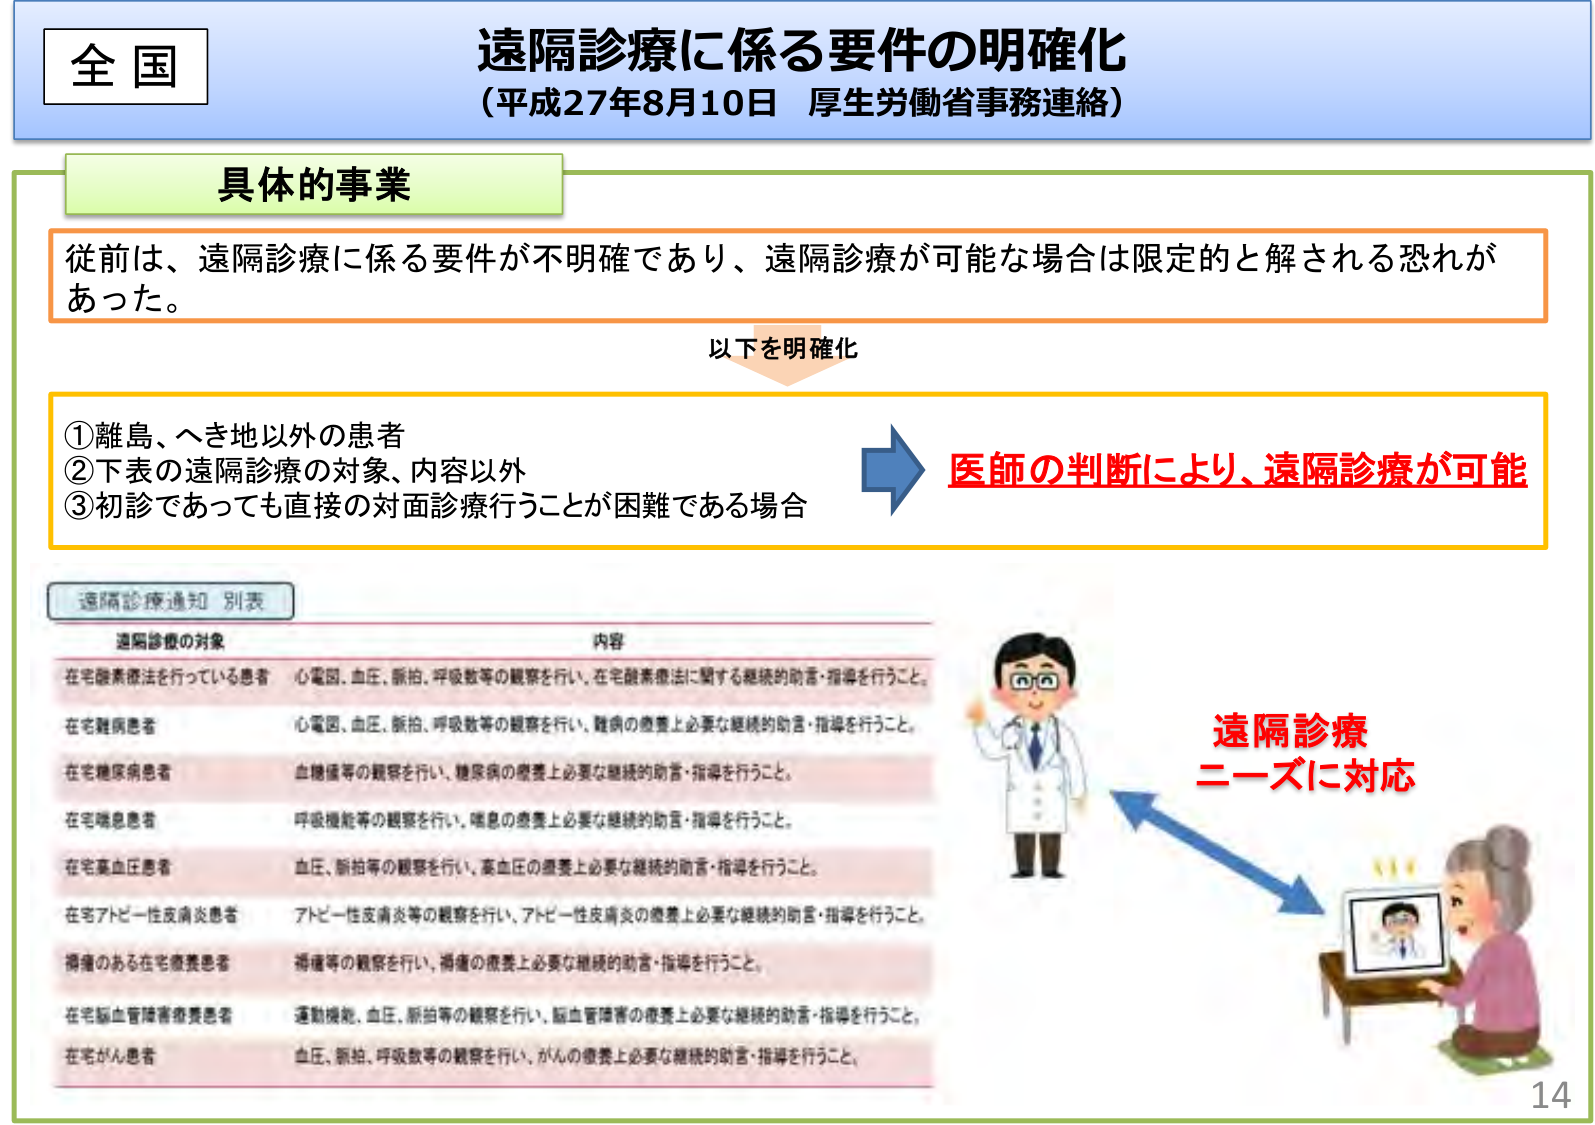
全国
遠隔診療に係る要件の明確化
（平成27年8月10日 厚生労働省事務連絡）

具体的事業
従前は、遠隔診療に係る要件が不明確であり、遠隔診療が可能な場合は限定的と解される恐れがあった。
以下を明確化

①離島、へき地以外の患者
②下表の遠隔診療の対象、内容以外
③初診であっても直接の対面診療行うことが困難である場合

医師の判断により、遠隔診療が可能

遠隔診療通知 別表
遠隔診療の対象　　　　　　　　　　　　　　　　　内容
在宅酸素療法を行っている患者　心電図、血圧、脈拍、呼吸数等の観察を行い、在宅酸素療法に関する継続的助言・指導を行うこと。
在宅難病患者　　　　　　　　　心電図、血圧、脈拍、呼吸数等の観察を行い、難病の療養上必要な継続的助言・指導を行うこと。
在宅糖尿病患者　　　　　　　　血糖値等の観察を行い、糖尿病の療養上必要な継続的助言・指導を行うこと。
在宅喘息患者　　　　　　　　　呼吸機能等の観察を行い、喘息の療養上必要な継続的助言・指導を行うこと。
在宅高血圧患者　　　　　　　　血圧、脈拍等の観察を行い、高血圧の療養上必要な継続的助言・指導を行うこと。
在宅アトピー性皮膚炎患者　　　アトピー性皮膚炎等の観察を行い、アトピー性皮膚炎の療養上必要な継続的助言・指導を行うこと。
褥瘡のある在宅療養患者　　　　褥瘡等の観察を行い、褥瘡の療養上必要な継続的助言・指導を行うこと。
在宅脳血管障害療養患者　　　　運動機能、血圧、脈拍等の観察を行い、脳血管障害の療養上必要な継続的助言・指導を行うこと。
在宅がん患者　　　　　　　　　血圧、脈拍、呼吸数等の観察を行い、がんの療養上必要な継続的助言・指導を行うこと。

遠隔診療
ニーズに対応

14